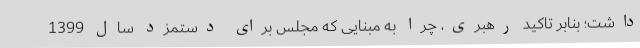
داشت؛ بنابر تاکید رهبری، چرا به مبنایی که مجلس برای دستمزد سال 1399